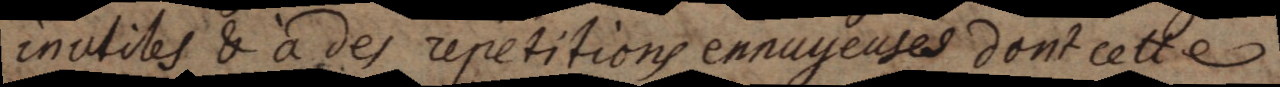
inutiles & à des repetitions ennuyeuses dont cette